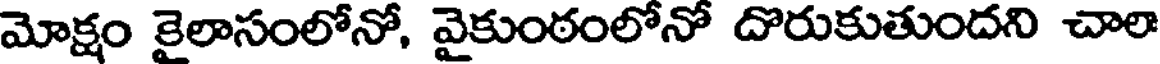
మోక్షం కైలాసంలోనో, వైకుంఠంలోనో దొరుకుతుందని చాల